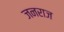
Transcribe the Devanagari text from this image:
जनराज